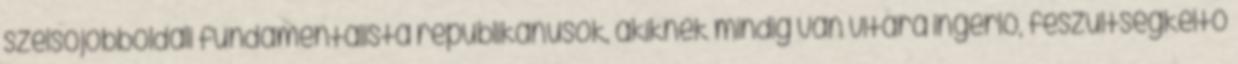
szélsőjobboldali fundamentalista republikánusok, akiknek mindig van vitára ingerlő, feszültségkeltő